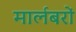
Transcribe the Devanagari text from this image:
मार्लबरों